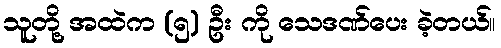
သူတို့ အထဲက (၅) ဦး ကို သေဒဏ်ပေး ခဲ့တယ်။